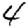
Digit: 4